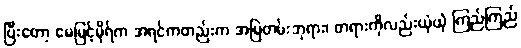
ပြီးတော့ မေမြင့်မိုရ်က အရင်ကတည်းက အမြဲတမ်းဘုရား၊ တရားကိုလည်းယုံယုံ ကြည်ကြည်